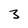
Character: 3